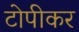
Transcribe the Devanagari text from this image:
टोपीकर